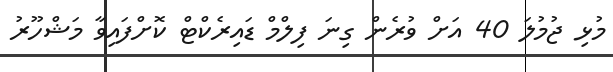
މުޅި ޖުމުލަ 40 އަށް ވުރެން ގިނަ ފިލްމް ޑައިރެކްޓް ކޮށްފައިވާ މަޝްހޫރު